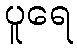
ပူရေ